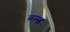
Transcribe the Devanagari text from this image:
ब्राम्ह्ण